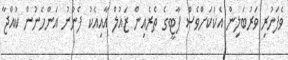
ވެފަހުރި ވަރުބަލިން އެކަކަށްވެސް ޕާޓީގެ ތެރެއިން ޒައުލް އާއިއެކު ފެނުނު އަންހެނުން ކުއްޖާ